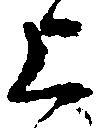
上